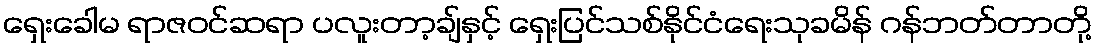
ရှေးခေါမ ရာဇဝင်ဆရာ ပလူးတာ့ချ်နှင့် ရှေးပြင်သစ်နိုင်ငံရေးသုခမိန် ဂန်ဘတ်တာတို့